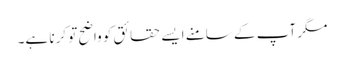
مگر آپ کے سامنے ایسے حقائق کو واضح تو کرنا ہے۔